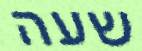
שעה